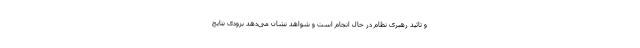
و تائید رهبری نظام در حال انجام است و شواهد نشان می‌دهد بزودی نتایج